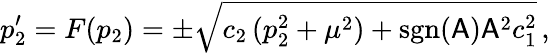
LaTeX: p_{2}^{\prime}=F(p_{2})=\pm\sqrt{c_{2}\, (p_{2}^{2}+\mu^{2})+\mathrm{sgn}(\mathsf{A})\mathsf{A}^{2}c_{1}^{2}}\, ,